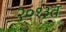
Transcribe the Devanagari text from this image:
२०१३त